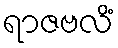
ရာဇဗလိံ